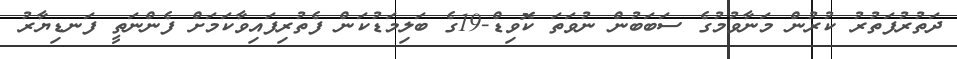
ދަތުރުފަތުރު ކުރުން މަނާވުމުގެ ސަބަބުން ނުވަތަ ކޮވިޑް-19ގެ ބަލިމަޑުކަން ފެތުރިފައިވާކަމަށް ފެންނަތީ ފަނޑިޔާރު